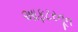
આફટરનૂન